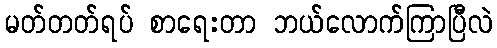
မတ်တတ်ရပ် စာရေးတာ ဘယ်လောက်ကြာပြီလဲ